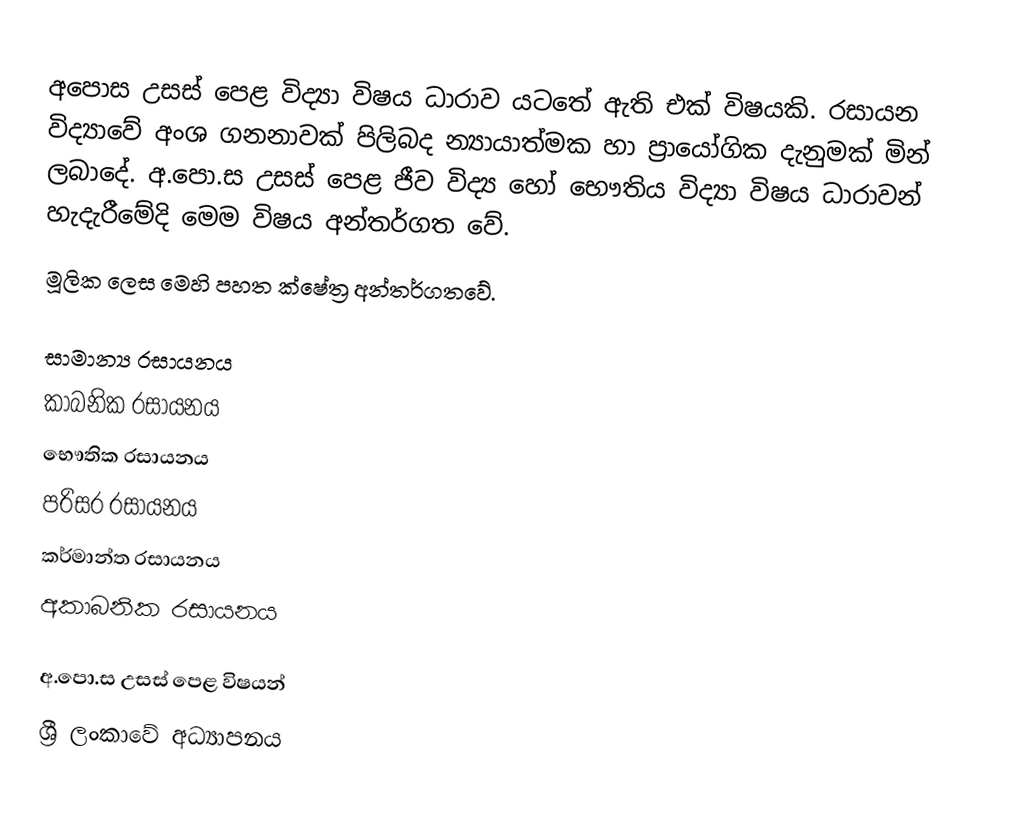
අපොස උසස් පෙළ විද්‍යා විෂය ධාරාව යටතේ ඇති එක් විෂයකි. රසායන විද්‍යාවේ අංශ ගනනාවක් පිලිබද න්‍යායාත්මක හා ප්‍රායෝගික දැනුමක් මින් ලබාදේ. අ⁣.පො.ස උසස් පෙළ ජීව විද්‍ය හෝ භෞතිය විද්‍යා විෂය ධාරාවන් හැදැරීමේදි මෙම විෂය අන්තර්ගත වේ.
මූලික ලෙස මෙහි පහත ක්ෂේත්‍ර  අන්තර්ගතවේ.

 සාමාන්‍ය රසායනය
 කාබනික රසායනය
 භෞතික රසායනය
 පරිසර රසායනය
 කර්මාන්ත රසායනය
 අකාබනික රසායනය

 අ.පො.ස උසස් පෙළ විෂයන්
 ශ්‍රී ලංකාවේ අධ්‍යාපනය